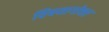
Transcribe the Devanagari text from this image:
विषयागोचर